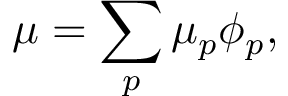
\mu = \sum _ { p } \mu _ { p } \phi _ { p } ,